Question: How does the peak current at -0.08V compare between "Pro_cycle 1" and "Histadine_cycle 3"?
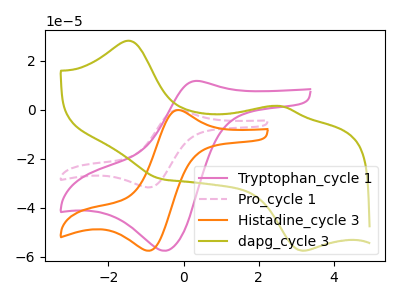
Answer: <think>The pink curve "Tryptophan_cycle 1" has an anodic peak at (0.30V, 11.80uA) and a cathodic peak at (-0.50V, -57.50uA). The pink dashed curve "Pro_cycle 1" has an anodic peak at (-0.10V, -0.10uA) and a cathodic peak at (-0.90V, -31.60uA). The orange curve "Histadine_cycle 3" has an anodic peak at (-0.10V, -0.15uA) and a cathodic peak at (-0.90V, -57.45uA). The olive curve "dapg_cycle 3" has anodic peaks at (-1.45V, 28.20uA) (2.60V, 1.55uA) and cathodic peaks at (-0.60V, -28.15uA) (3.20V, -57.50uA).</think>
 <answer>The peak at -0.08V is higher in "Pro_cycle 1" than in "Histadine_cycle 3".</answer>
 <eval>higher</eval>